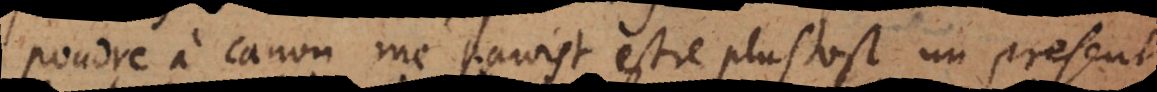
poudre à canon me paroist estre plustost un present